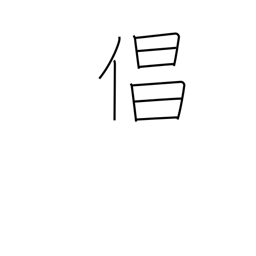
Meaning: actor